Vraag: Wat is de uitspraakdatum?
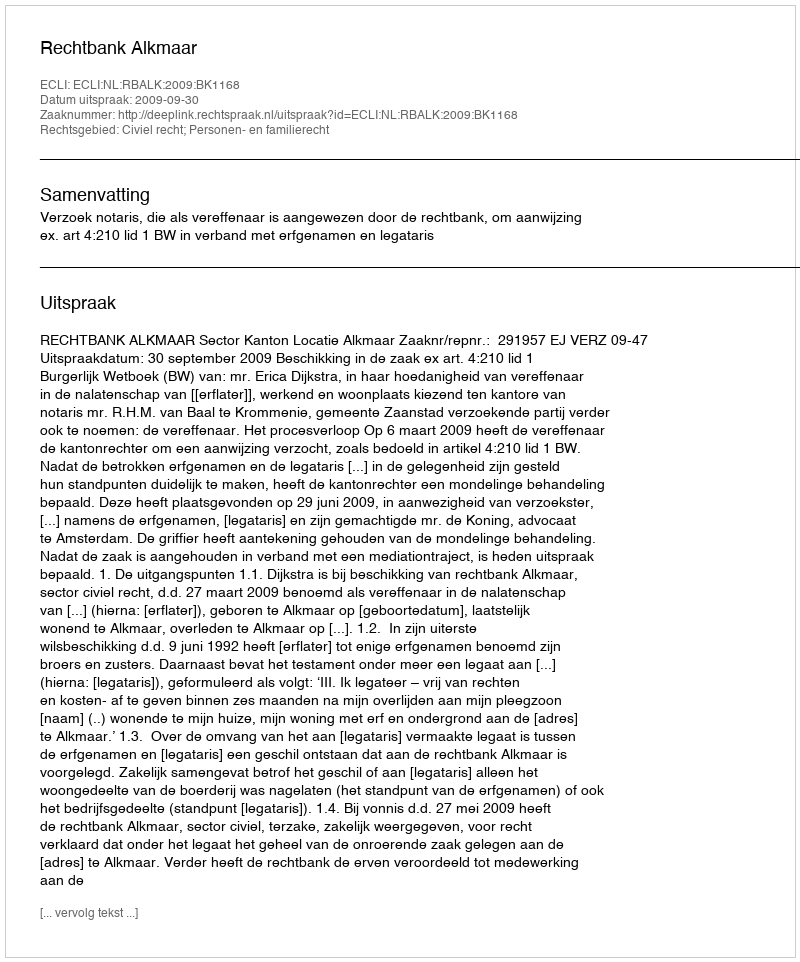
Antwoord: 2009-09-30